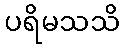
ပရိမသသိ